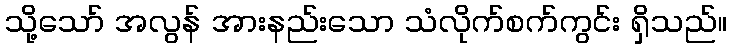
သို့သော် အလွန် အားနည်းသော သံလိုက်စက်ကွင်း ရှိသည်။